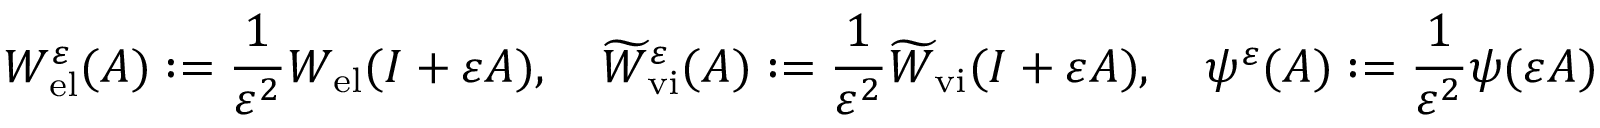
W _ { \mathrm { e l } } ^ { \varepsilon } ( A ) : = \frac { 1 } { \varepsilon ^ { 2 } } W _ { \mathrm { e l } } ( I + \varepsilon A ) , \quad \widetilde { W } _ { \mathrm { v i } } ^ { \varepsilon } ( A ) : = \frac { 1 } { \varepsilon ^ { 2 } } \widetilde { W } _ { \mathrm { v i } } ( I + \varepsilon A ) , \quad \psi ^ { \varepsilon } ( A ) : = \frac { 1 } { \varepsilon ^ { 2 } } \psi ( \varepsilon A )